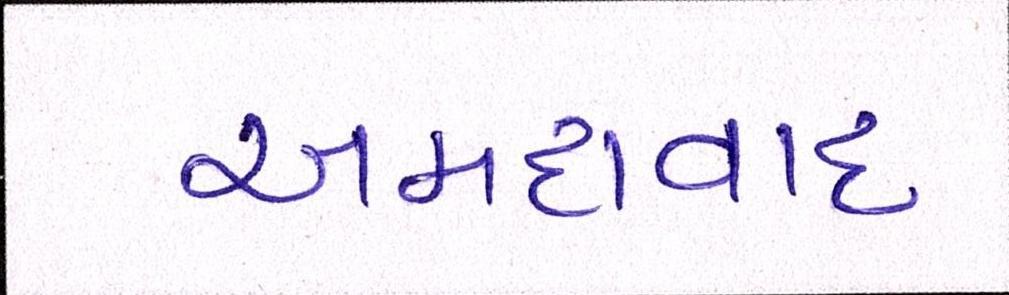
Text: અમદાવાદઃ